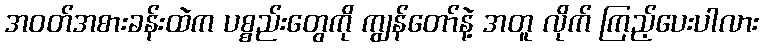
အဝတ်အစားခန်းထဲက ပစ္စည်းတွေကို ကျွန်တော်နဲ့ အတူ လိုက် ကြည့်ပေးပါလား